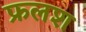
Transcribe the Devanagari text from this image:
फ्रलश